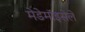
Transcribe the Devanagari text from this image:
मेडेमॉइसेले